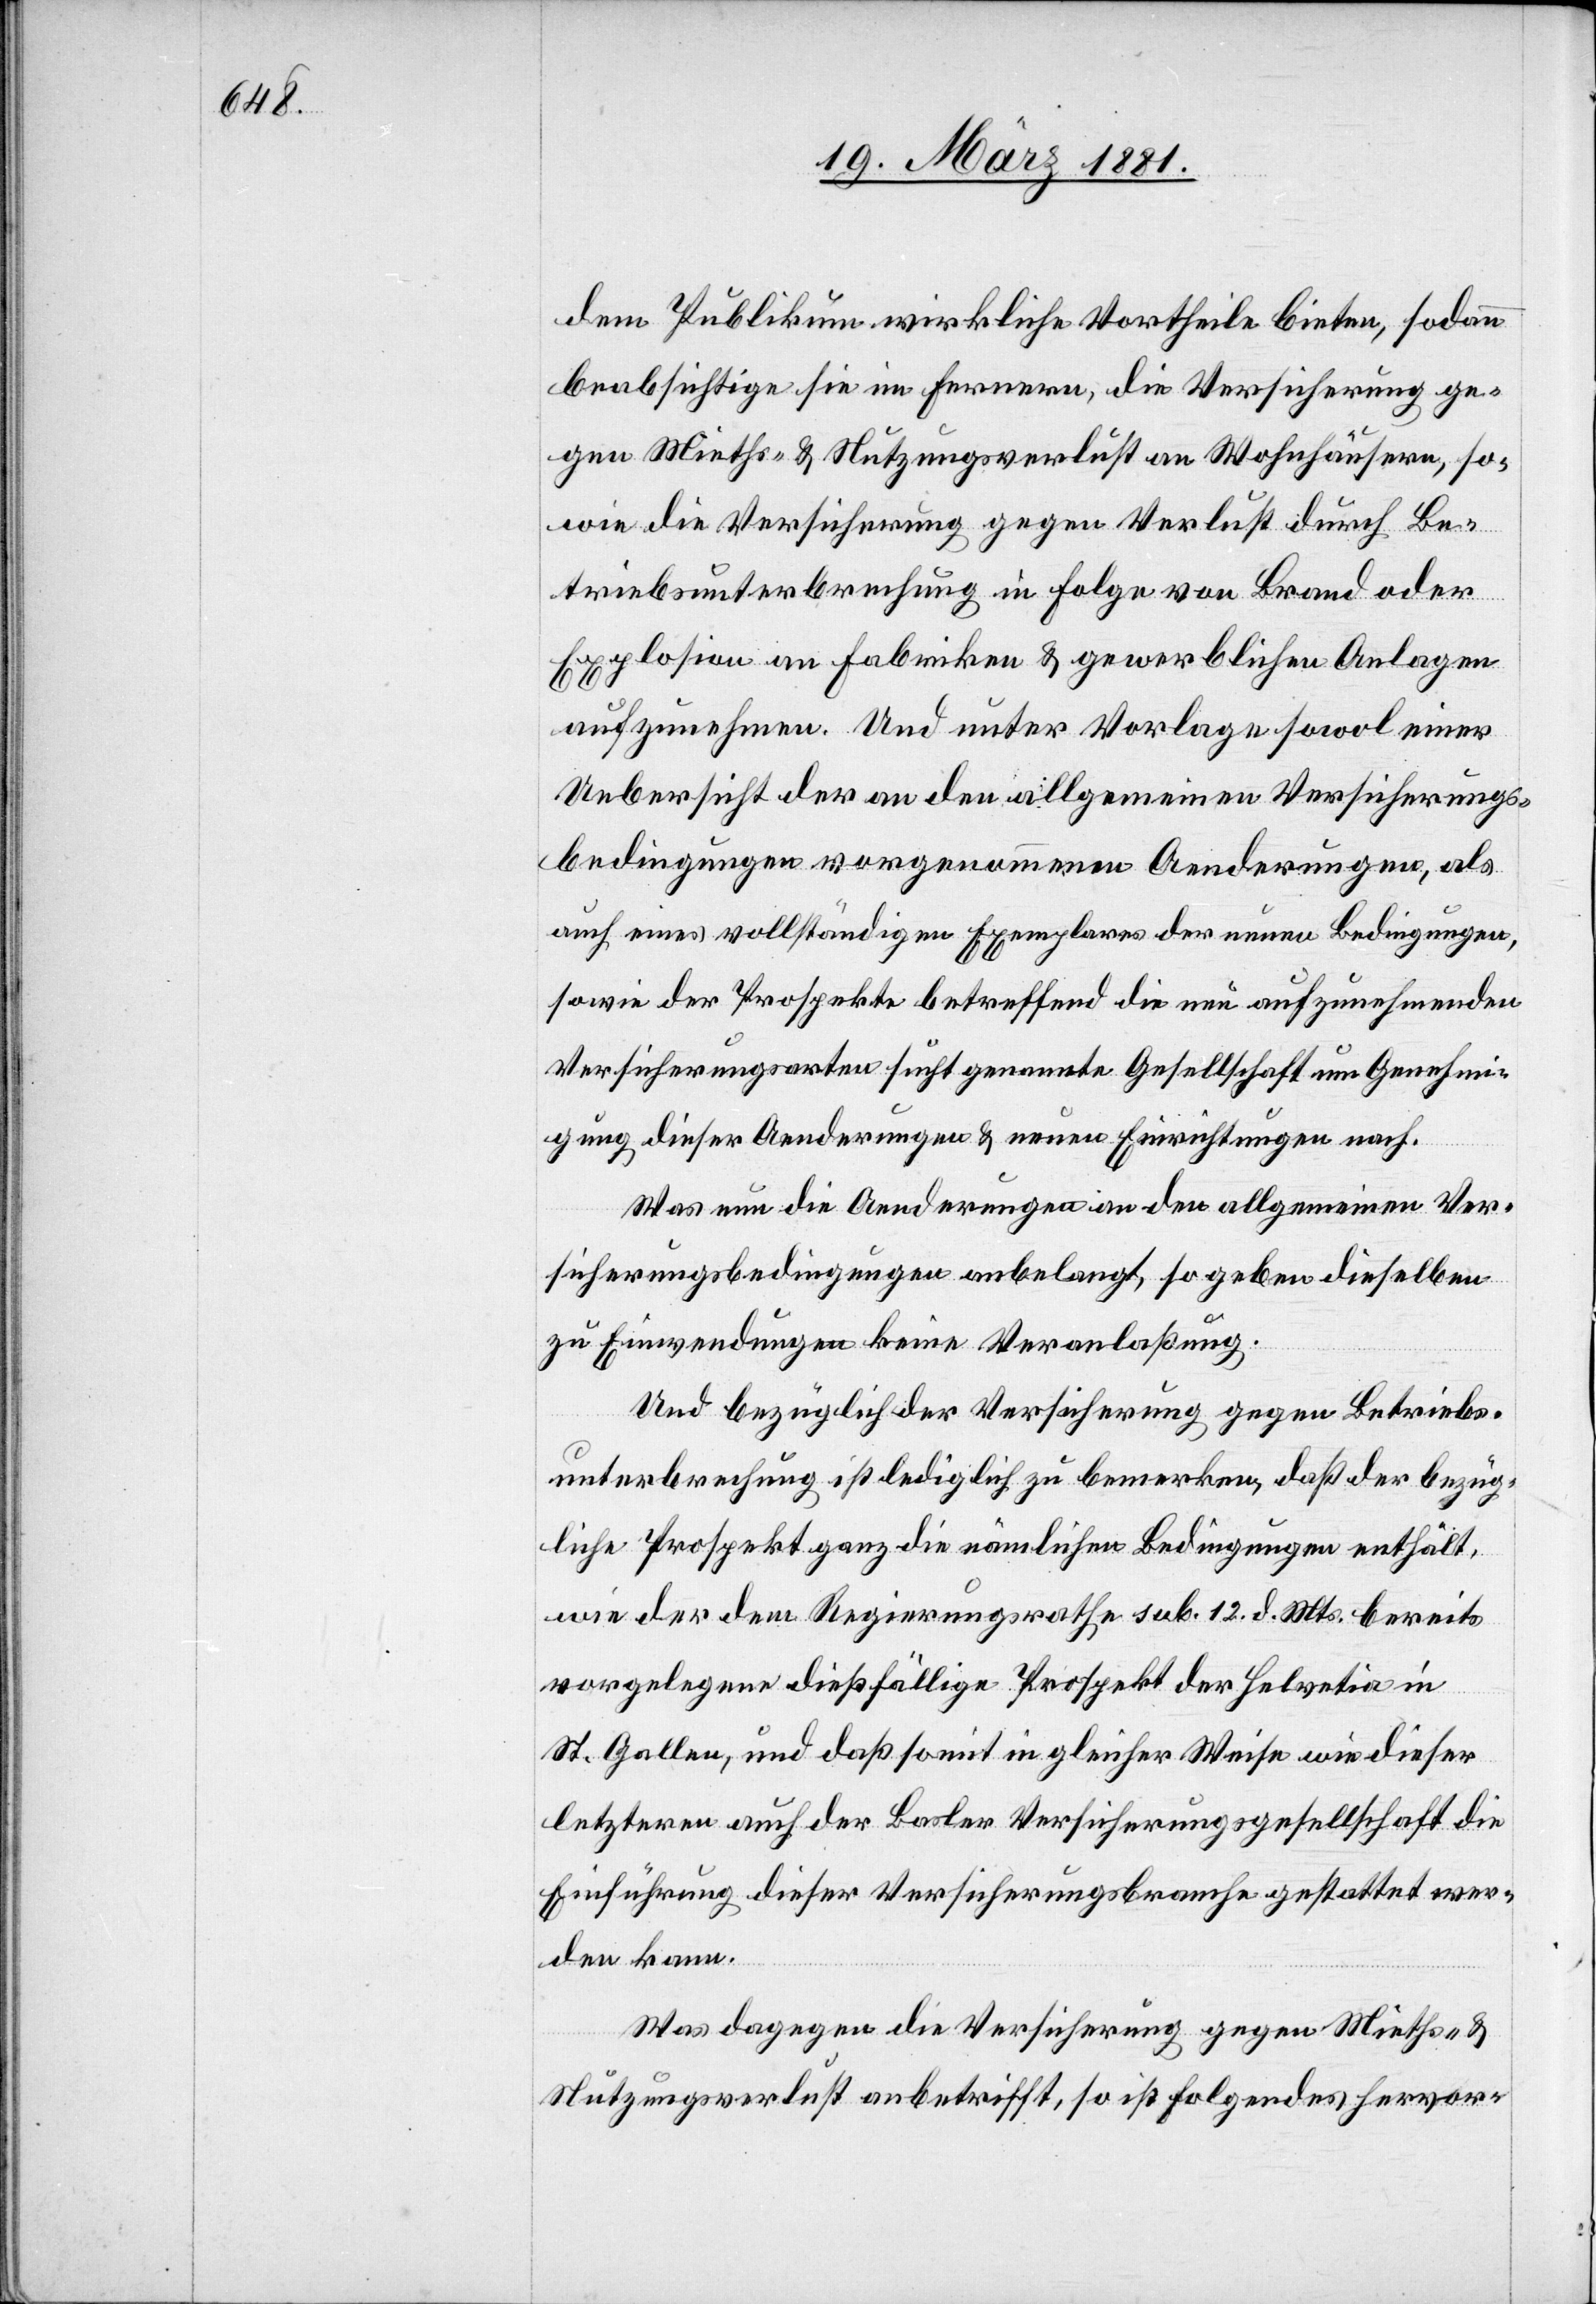
dem Publikum wirkliche Vortheile bieten, sodann
beabsichtige sie im Fernern, die Versicherung ge¬
gen Mieths- & Nutzungsverlust an Wohnhäusern, so¬
wie die Versicherung gegen Verlust durch Be¬
triebsunterbrechung in Folge von Brand oder
Explosion an Fabriken & gewerblichen Anlagen
aufzunehmen. Und unter Vorlage sowol einer
Uebersicht der an den allgemeinen Versicherungs¬
bedingungen vorgenommenen Aenderungen, als
auch eines vollständigen Exemplars der neuen Bedingungen,
sowie der Prospekte betreffend die neu aufzunehmenden
Versicherungsarten sucht genannte Gesellschaft um Genehmi¬
gung dieser Aenderungen & neuen Einrichtungen nach.
Was nun die Aenderungen an den allgemeinen Ver¬
sicherungsbedingungen anbelangt, so geben dieselben
zu Einwendungen keine Veranlaßung.
Und bezüglich der Versicherung gegen Betriebs¬
unterbrechung ist lediglich zu bemerken, daß der bezüg¬
liche Prospekt ganz die nämlichen Bedingungen enthält,
wie der dem Regierungsrathe sub. 12. d. Mts. bereits
vorgelegene dießfällige Prospekt der Helvetia in
St. Gallen, und daß somit in gleicher Weise wie dieser
letzteren auch der Basler Versicherungsgesellschaft die
Einführung dieser Versicherungsbranche gestattet wer¬
den kann.
Was dagegen die Versicherung gegen Mieths- &
Nutzungsverlust anbetrifft, so ist folgendes hervor-